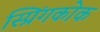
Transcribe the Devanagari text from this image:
स्प्रिंगकोक